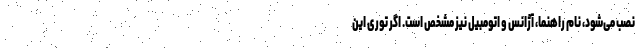
نصب می‌شود، نام راهنما، آژانس و اتومبیل نیز مشخص است. اگر توری این